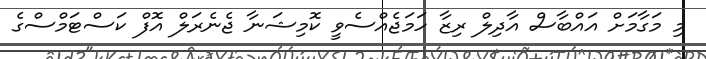
މި މަގާމަށް އައްބާސް އާދިލް ރިޒާ ހަމަޖެއްސެވީ ކޮމިޝަނާ ޖެނެރަލް އޮފް ކަސްޓަމްސްގެ